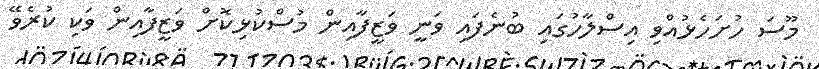
މޫސަ ހުށަހެޅުއްވި އިސްލާހުގައި ބުނެފައި ވަނީ ވަޒީފާއިން މުސްކުޅިކޮށް ވަޒީފާއިން ވަކި ކުރެވޭ